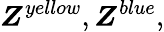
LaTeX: \boldsymbol{Z}^{yellow},\boldsymbol{Z}^{blue},